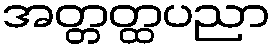
အတ္တတ္ထပညာ